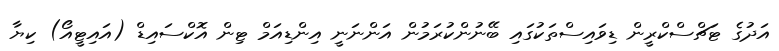
އަދުގެ ޓަޗްސްކްރީން ޑިވައިސްތަކުގައި ބޭނުންކުރަމުން އަންނަނީ އިންޑިއަމް ޓިން އޮކްސައިޑް (އައިޓީއޯ) ކިޔާ